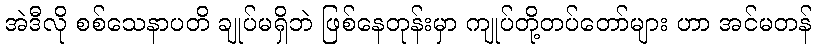
အဲဒီလို စစ်သေနာပတိ ချုပ်မရှိဘဲ ဖြစ်နေတုန်းမှာ ကျုပ်တို့တပ်တော်များ ဟာ အင်မတန်